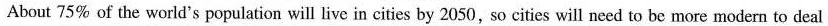
About 75% of the world's population will live in cities by 2050, so cities will need to be more modern to deal